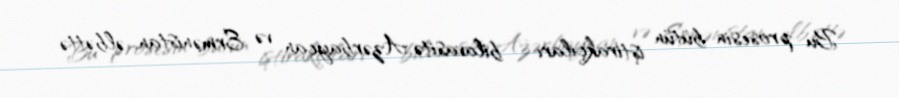
Bu prosesin bütün iştirakçıları – bilavasitə Azərbaycan və Ermənistan, əlbəttə